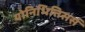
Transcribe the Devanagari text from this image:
योनिभित्तिसर्स